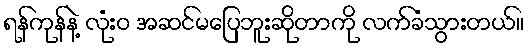
ရန်ကုန်နဲ့ လုံးဝ အဆင်မပြေဘူးဆိုတာကို လက်ခံသွားတယ်။